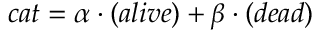
\begin{array} { r } { c a t = \alpha \cdot ( a l i v e ) + \beta \cdot ( d e a d ) } \end{array}